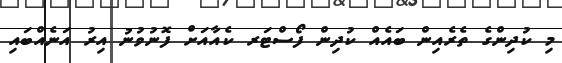
މި ކުދިންގެ ތެރެއިން ބައެއް ކުދިން ފޯސްޓަރ ކެއާއަށް ފޮނުވުނު އިރު އަނެއްބައި